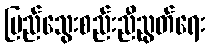
ပြည်သွေးစည်းညီညွတ်ရေး